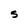
Character: S